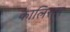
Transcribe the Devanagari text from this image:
कालिराम